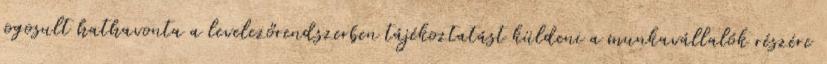
jogosult hathavonta a levelezőrendszerben tájékoztatást küldeni a munkavállalók részére